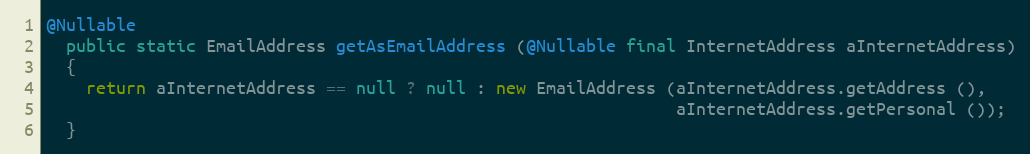
Language: Java
@Nullable
  public static EmailAddress getAsEmailAddress (@Nullable final InternetAddress aInternetAddress)
  {
    return aInternetAddress == null ? null : new EmailAddress (aInternetAddress.getAddress (),
                                                               aInternetAddress.getPersonal ());
  }